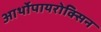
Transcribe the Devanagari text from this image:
आर्थोपायरोक्सिन